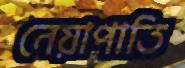
নেয়াপাতি